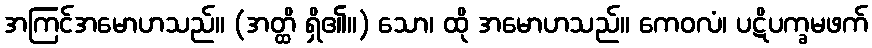
အကြင်အမောဟသည်။ (အတ္ထိ ရှိ၏။) သော၊ ထို အမောဟသည်။ ကေဝလံ၊ ပဋိပက္ခမဖက်